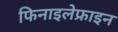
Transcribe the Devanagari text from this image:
फिनाइलेफ्राइन